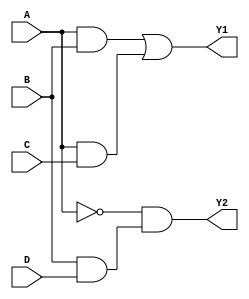
module combinational_logic_block (
    input wire A,
    input wire B,
    input wire C,
    input wire D,
    output wire Y1,
    output wire Y2
);

// Intermediate wires for common sub-expressions
wire AB;         // A AND B
wire AC;         // A AND C
wire BD;         // B AND D
wire NOT_A;      // NOT A

// Multi-Level Simplification Implementation
// Level 1: Generate intermediate signals using AND and NOT gates
assign AB = A & B;          // AB = A AND B
assign AC = A & C;          // AC = A AND C
assign BD = B & D;          // BD = B AND D
assign NOT_A = ~A;          // NOT A

// Level 2: Combine intermediate signals to create final outputs
// Example logic functions (simplified)
assign Y1 = AB | AC;        // Y1 = (A AND B) OR (A AND C)
assign Y2 = NOT_A & BD;     // Y2 = (NOT A) AND (B AND D)

endmodule